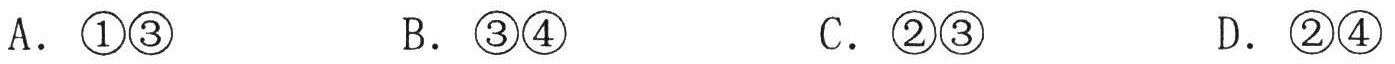
A. \textcircled{1}\textcircled{3}  B. \textcircled{3}\textcircled{4}  C. \textcircled{2}\textcircled{3}  D. \textcircled{2}\textcircled{4}